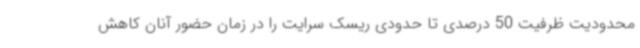
محدودیت ظرفیت 50 درصدی تا حدودی ریسک سرایت را در زمان حضور آنان کاهش